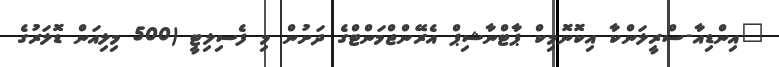
"އިންޑިއާ-ސްރީލަންކާ އިކޮނޮމިކް ޕާޓްނާޝިޕް އެރޭންޖްމަންޓްގެ ދަށުން މި ފެސިލިޓީ (500 މިލިއަން ޑޮލަރުގެ